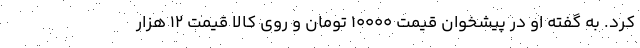
کرد. به گفته او در پیشخوان قیمت ۱۰۰۰۰ تومان و روی کالا قیمت ۱۲ هزار